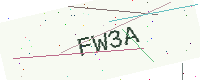
Text: FW3A